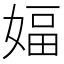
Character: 𫱆